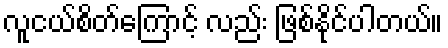
လူငယ်စိတ်ကြောင့် လည်း ဖြစ်နိုင်ပါတယ်။